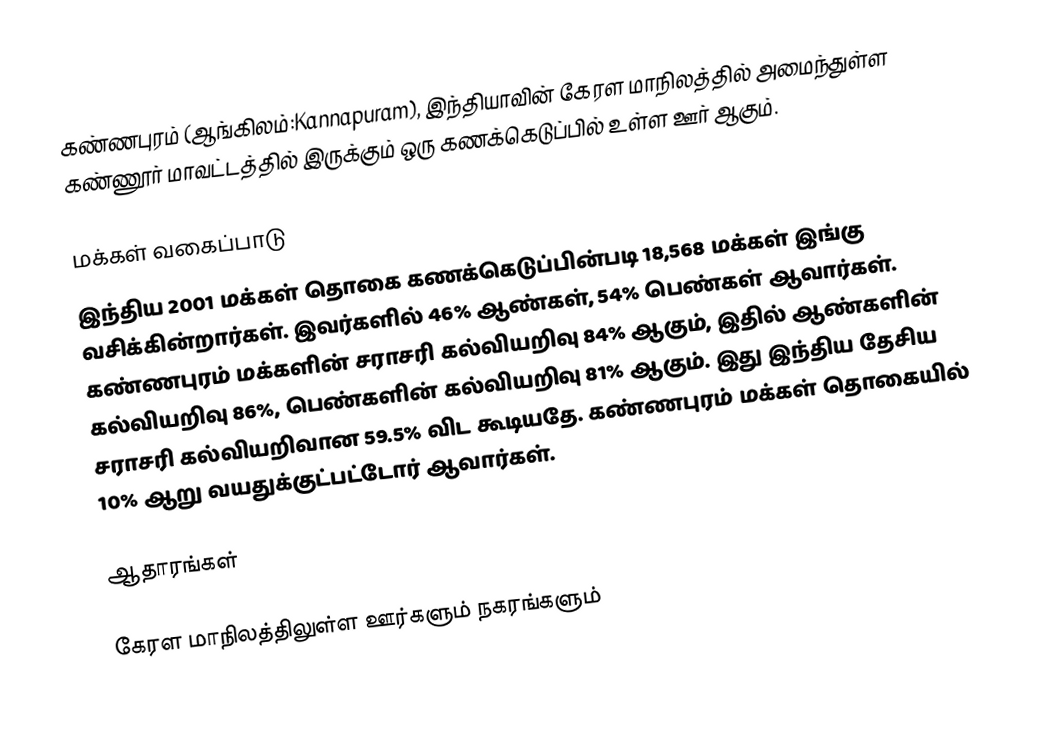
கண்ணபுரம் (ஆங்கிலம்:Kannapuram), இந்தியாவின் கேரள மாநிலத்தில் அமைந்துள்ள கண்ணூர் மாவட்டத்தில் இருக்கும் ஒரு கணக்கெடுப்பில் உள்ள ஊர்  ஆகும்.

மக்கள் வகைப்பாடு
இந்திய 2001 மக்கள் தொகை கணக்கெடுப்பின்படி 18,568 மக்கள் இங்கு வசிக்கின்றார்கள். இவர்களில் 46% ஆண்கள், 54% பெண்கள் ஆவார்கள். கண்ணபுரம் மக்களின் சராசரி கல்வியறிவு 84% ஆகும்,  இதில் ஆண்களின் கல்வியறிவு 86%,  பெண்களின் கல்வியறிவு 81% ஆகும். இது இந்திய தேசிய சராசரி கல்வியறிவான 59.5% விட கூடியதே. கண்ணபுரம் மக்கள் தொகையில் 10%  ஆறு வயதுக்குட்பட்டோர் ஆவார்கள்.

ஆதாரங்கள்

 கேரள மாநிலத்திலுள்ள ஊர்களும் நகரங்களும்